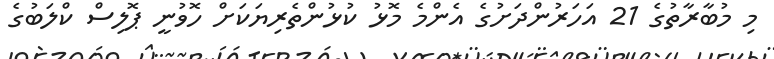
މި މުބާރާތުގެ 21 އަހަރުންދަށުގެ އެންމެ މޮޅު ކުޅުންތެރިޔަކަށް ހޮވުނީ ޕޮލިސް ކްލަބުގެ